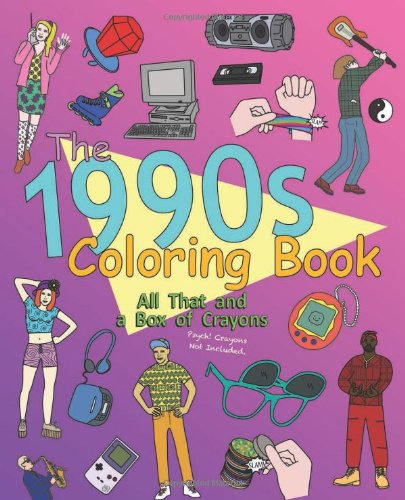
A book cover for The 1990s Coloring Book: All That and a Box of Crayons (Psych! Crayons Not Included.); James Grange; Humor & Entertainment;